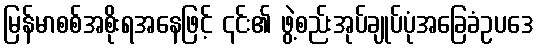
မြန်မာစစ်အစိုးရအနေဖြင့် ၎င်း၏ ဖွဲ့စည်းအုပ်ချုပ်ပုံအခြေခံဥပဒေ